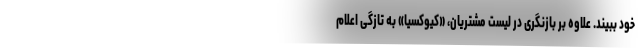
خود ببیند. علاوه بر بازنگری در لیست مشتریان، «کیوکسیا» به تازگی اعلام